system: You are a helpful assistant.
user:
Analyze the provided spectrum to determine if it is a **M-type Giant (gM)**.

A M-type Giant spectrum is defined by its **strong molecular absorption** features, particularly from **Titanium Oxide (TiO)**. You must check for one of the following mutually exclusive signatures:

- **Key Visual Indicators (Absorption-Dominated Spectrum):**

    - **(Primary):** The spectrum is dominated by strong molecular absorption from **Titanium Oxide (TiO)**. This is the **defining feature** of its M-type temperature class.
        - **(Key Bandheads):** Look for sharp, "saw-tooth" absorption valleys. The strongest are located near **~7050 Å**, **~6160 Å**, and **~5170 Å**.
        - **(Line Profile):** The "saw-tooth" morphology is critical: a **sharp, steep drop on the BLUE (short-wavelength) side** of the bandhead, followed by a gradual recovery (rising flux) towards the RED (long-wavelength) side.

    - **(Key Confirmation - Giant vs. Dwarf):** **ABSENCE** of strong **Calcium Hydride (CaH)** molecular bands. This is the primary diagnostic for *excluding* M-dwarfs.
        - **(Key Region):** The spectrum should lack the strong, broad absorption band seen in dwarfs between **~6800 Å and ~7000 Å**.

    - **(Secondary Confirmation - Giant):** A very strong and broad **Neutral Calcium (Ca I)** atomic absorption line.
        - **(Key Line):** Located at **~4226 Å**. In a giant (gM), this line is significantly deeper and broader than the same line in an M-dwarf (dM) due to low surface gravity.

    - **(Overall Spectrum):**
        - The continuum is **extremely red-sloping** (i.e., flux is very low in the blue and rises dramatically towards the red).
        - The entire spectrum appears "chopped up" by the deep TiO bands.

Think first, call **spectral_visualization_tool** if needed to examine features in detail, then provide your final answer. Your response must adhere to the following strict rules:
1.  **Overall Structure:** Your response must follow the format `<think>...</think> <tool_call>...</tool_call> (if a tool is used) <answer>...</answer>`.
2.  **Tool Usage Constraint:** You may only make **one** tool call per turn.
3.  **Final Answer Format:** In the `<answer>` tag, your conclusion must be inside a `\boxed{}` command (e.g., `\boxed{YES}` or `\boxed{NO}`), followed by your justification.

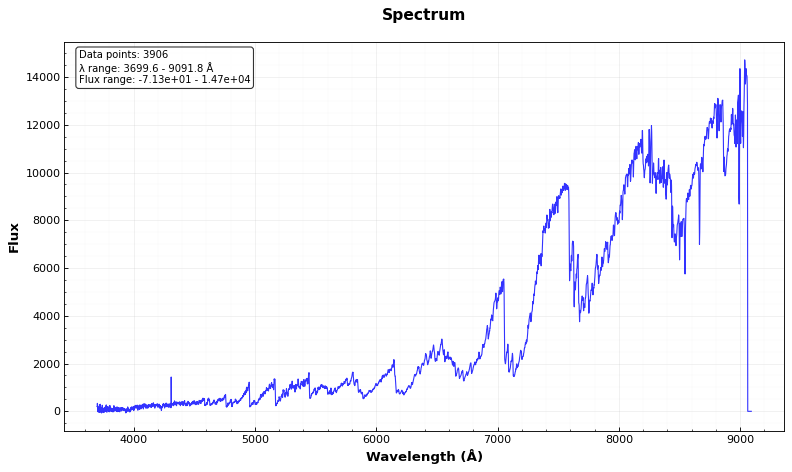
Answer: YES